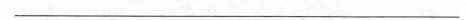
___